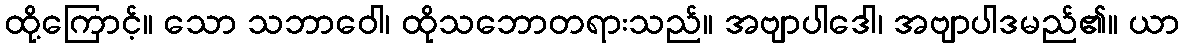
ထို့ကြောင့်။ သော သဘာဝေါ၊ ထိုသဘောတရားသည်။ အဗျာပါဒေါ၊ အဗျာပါဒမည်၏။ ယာ